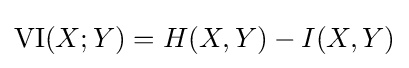
\mathrm {VI} (X;Y)=H(X,Y)-I(X,Y)